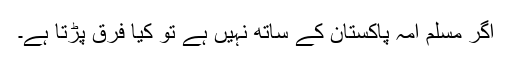
اگر مسلم امہ پاکستان کے ساتھ نہیں ہے تو کیا فرق پڑتا ہے۔